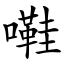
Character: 嚡